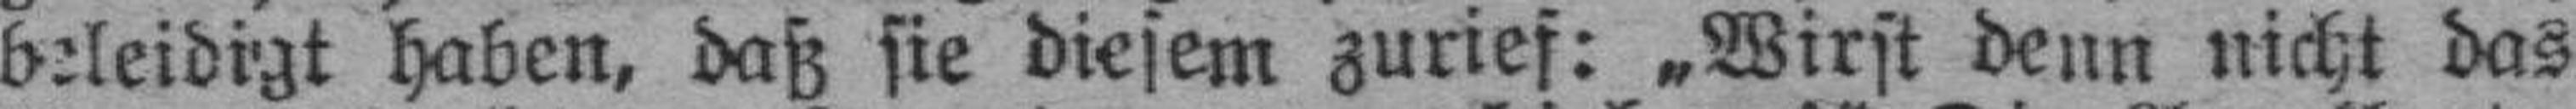
beleidigt haben, daß sie diesem zurief: „Wirst denn nicht das